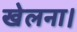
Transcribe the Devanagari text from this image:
खेलना।